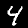
Digit: 4